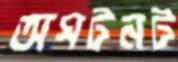
অঘটনট